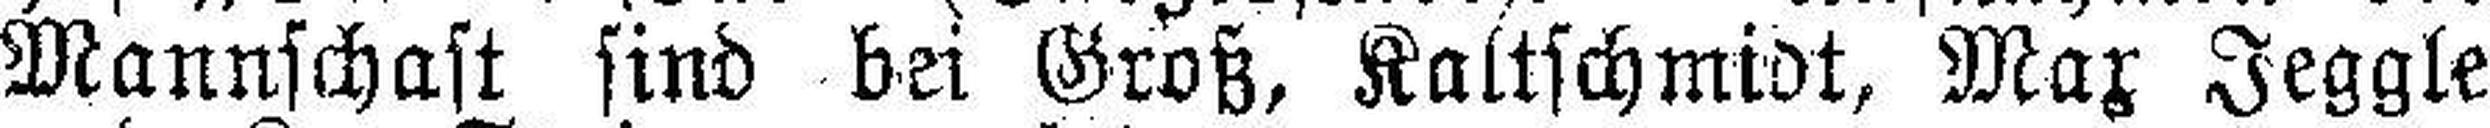
Mannschaft sind bei Groß, Kaltschmidt, Max Jeggle